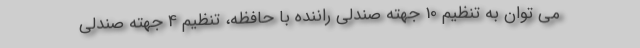
می توان به تنظیم 10 جهته صندلی راننده با حافظه، تنظیم 4 جهته صندلی